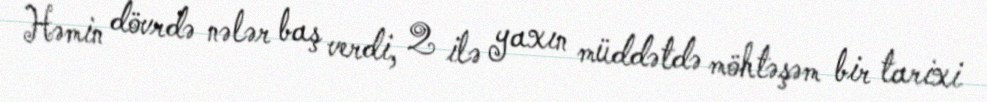
Həmin dövrdə nələr baş verdi, 2 ilə yaxın müddətdə möhtəşəm bir tarixi